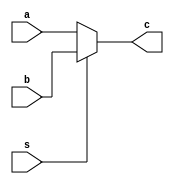
`timescale 1ns / 1ps
//////////////////////////////////////////////////////////////////////////////////
// Company: 
// Engineer: 
// 
// Design Name: 
// Module Name: mux_32
// Project Name: 
// Target Devices: 
// Tool Versions: 
// Description: 
// 
// Dependencies: 
// 
// Revision:
// Revision 0.01 - File Created
// Additional Comments:
// 
//////////////////////////////////////////////////////////////////////////////////


module mux_32(a, b, s, c);
    input [31:0] a, b;
    input s;
    
    output [31:0] c;
    
    assign c = (s ? b : a);
endmodule